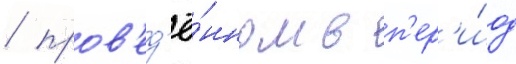
/ пров'ед'ё́нном в п'ер'и́од